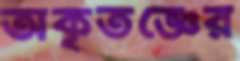
অকৃতজ্ঞের